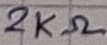
Text: 2KΩ